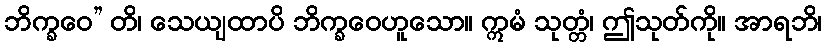
ဘိက္ခဝေ” တိ၊ သေယျထာပိ ဘိက္ခဝေဟူသော။ ဣမံ သုတ္တံ၊ ဤသုတ်ကို။ အာရဘိ၊